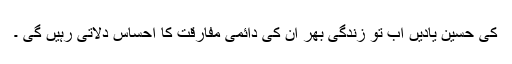
کی حسین یادیں اب تو زندگی بھر ان کی دائمی مفارقت کا احساس دلاتی رہیں گی ۔